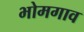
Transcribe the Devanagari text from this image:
भोमगाव